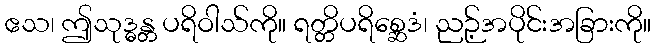
ဧသ၊ ဤသုဒ္ဓန္တ ပရိဝါသ်ကို။ ရတ္တိပရိစ္ဆေဒံ၊ ညဉ့်အပိုင်းအခြားကို။